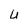
Character: U